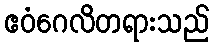
ဧဝံဂေလိတရားသည်